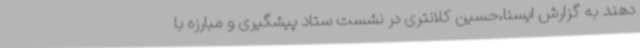
دهند به گزارش ایسنا،حسین کلانتری در نشست ستاد پیشگیری و مبارزه با